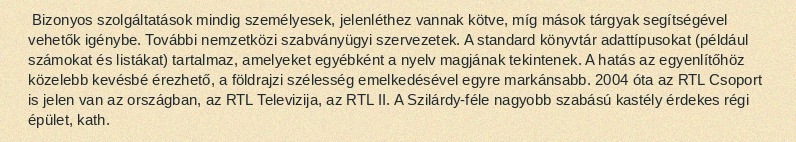
Bizonyos szolgáltatások mindig személyesek, jelenléthez vannak kötve, míg mások tárgyak segítségével vehetők igénybe. További nemzetközi szabványügyi szervezetek. A standard könyvtár adattípusokat (például számokat és listákat) tartalmaz, amelyeket egyébként a nyelv magjának tekintenek. A hatás az egyenlítőhöz közelebb kevésbé érezhető, a földrajzi szélesség emelkedésével egyre markánsabb. 2004 óta az RTL Csoport is jelen van az országban, az RTL Televizija, az RTL II. A Szilárdy-féle nagyobb szabású kastély érdekes régi épület, kath.